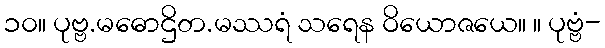
၁၀။ ပုဗ္ဗ.မဓောဌိတ.မဿရံ သရေန ဝိယောဇယေ။ ။ ပုဗ္ဗံ-